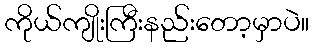
ကိုယ်ကျိုးကြီးနည်းတော့မှာပဲ။